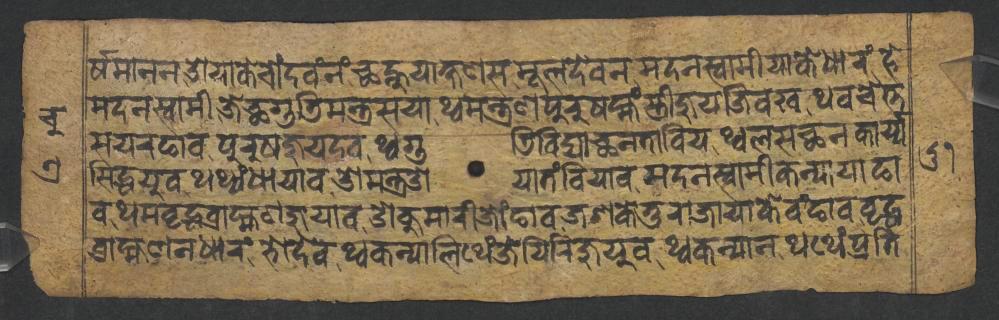
𑐬𑑂𑐲𑐩𑐵𑐣𑐣𑐌𑐫𑐵𑐎𑐾𑐔𑑀𑑄𑐡𑐰𑑄𑐣𑑄𑐕𑐣𑑂𑐴𑐸𑐫𑐵𑐎𑑂𑐲𑐞𑐳𑐩𑐹𑐮𑐡𑐾𑐰𑐣𑐩𑐡𑐣𑐳𑑂𑐰𑐵𑐩𑐷𑐫𑐵𑐎𑐾𑐢𑐵𑐬𑑄𑐴𑐾 𑐩𑐡𑐣𑐳𑑂𑐰𑐵𑐩𑐷𑐖𑐾𑐕𑐐𑐸𑐜𑐶𑐩𑐣𑑂𑐟𑑂𑐬𑐳𑐫𑐵𑐠𑑂𑐰𑐩𑐣𑑂𑐟𑑂𑐬𑐞𑐥𑐸𑐬𑐸𑐲𑐩𑑂𑐴𑑄𑐳𑑂𑐟𑑂𑐬𑐷𑐖𑐸𑐫𑐖𑐶𑐰𑐏𑐠𑐰𑐔𑐾𑐟𑑂𑐟 𑐳𑐫𑐬𑐒𑐵𑐰𑐥𑐸𑐬𑐸𑐲𑐖𑐸𑐫𑐡𑐰𑐠𑑂𑐰𑐐𑐸𑐜𑐶𑐰𑐶𑐡𑑂𑐫𑐵𑐕𑐣𑐟𑐵𑐧𑐶𑐫𑐠𑑂𑐰𑐮𑐳𑐕𑐣𑐎𑐵𑐬𑑂𑐫𑑂𑐫 𑐳𑐶𑐡𑑂𑐢𑐫𑐸𑐰𑐠𑐠𑑂𑐫𑑄𑐢𑐵𑐫𑐵𑐰𑐌𑐩𑐣𑑂𑐟𑑂𑐬𑐌𑐫𑐵𑐟𑑄𑐧𑐶𑐫𑐵𑐰𑐩𑐡𑐣𑐳𑑂𑐰𑐵𑐩𑐷𑐎𑐣𑑂𑐫𑐵𑐫𑐵𑐒𑐵 𑐰𑐠𑐩𑐰𑐺𑐡𑑂𑐢𑐧𑑂𑐬𑐵𑐴𑑂𑐩𑐞𑐖𑐸𑐫𑐵𑐰𑐌𑐎𑐸𑐩𑐵𑐬𑐷𑐖𑑀𑑄𑐒𑐵𑐰𑐖𑐱𑐎𑐾𑐟𑐸𑐬𑐵𑐖𑐵𑐫𑐵𑐎𑐾𑐰𑑄𑐒𑐵𑐰𑐰𑐺𑐡𑑂𑐢 𑐧𑑂𑐬𑐵𑐴𑑂𑐩𑐞𑐣𑐢𑐵𑐬𑑄𑐨𑑀𑐡𑐾𑐰𑐠𑑂𑐰𑐎𑐣𑑂𑐫𑐵𑐮𑐶𑐠𑐾𑑄𑐖𑐾𑐫𑐶𑐬𑐶𑐖𑐸𑐫𑐸𑐰𑐠𑑂𑐰𑐎𑐣𑑂𑐫𑐵𑐣𑐠𑐠𑐾𑑄𑐥𑑂𑐬𑐟𑐶